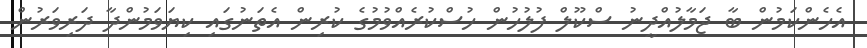
އެހެންކަމުން ބާ ޖަމާލުއްދީނު ސްކޫލް ފުލުހުން ހުސްކުރެއްވުމުގެ ކުރިން އެތަނުގައި ކިޔަވަމުންދާ ދަރިވަރުން